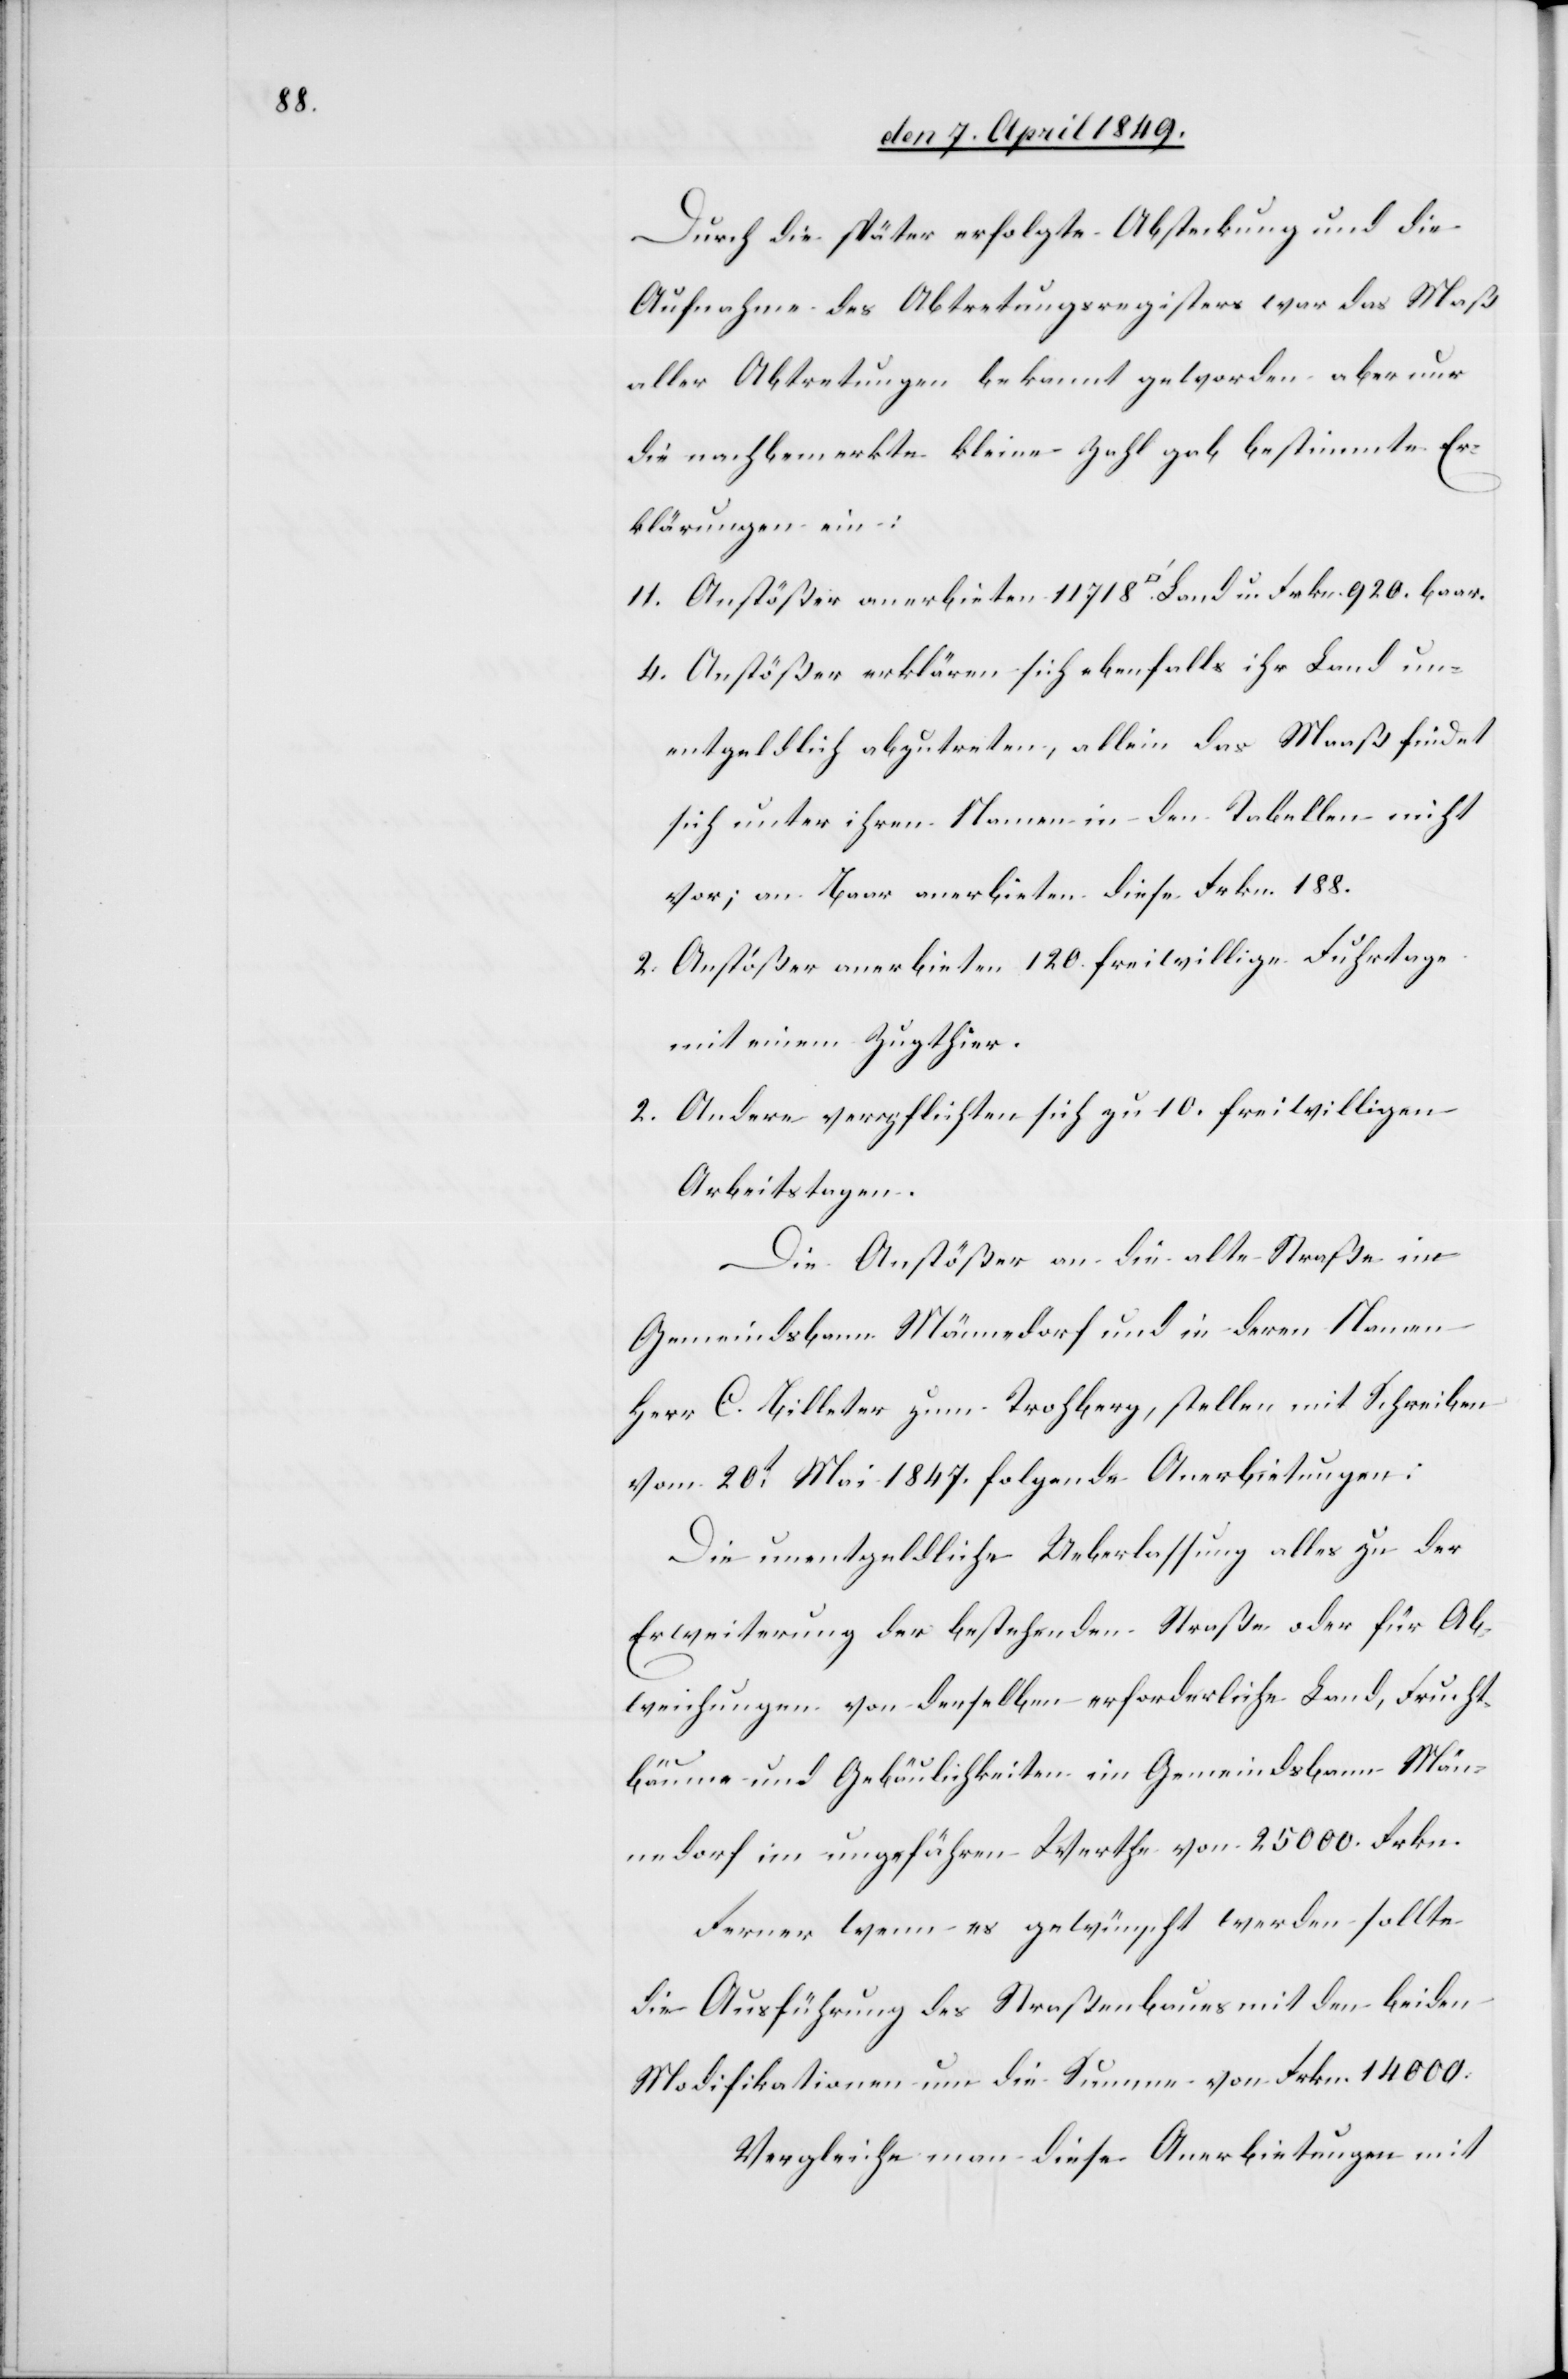
Durch die später erfolgte Absteckung und die
Aufnahme des Abtretungsregisters war das Maß
aller Abtretungen bekannt geworden aber nur
die nachbemerkte kleine Zahl gab bestimmte Er¬
klärungen ein:
11. Anstößer anerbieten 11 718 [Quadratfuß] Land u. Frkn. 920. baar.
4. Anstößer erklären sich ebenfalls ihr Land un¬
entgeldlich abzutreten, allein das Maaß findet
sich unter ihren Namen in den Tabellen nicht
vor; an Baar anerbieten diese Frkn. 188.
2. Anstößer anerbieten 120. freiwillige Fuhrtage
mit einem Zugthier.
2. Andere verpflichten sich zu 10. freiwilligen
Arbeitstagen.
Die Anstößer an die alte Straße im
Gemeindsbanne Männedorf und in deren Namen
Herr C. Billeter zum Trohberg, stellen mit Schreiben
vom 20t Mai 1847. folgende Anerbietungen:
Die unentgeldliche Ueberlassung alles zu der
Erweiterung der bestehenden Straße oder für Ab¬
weichungen von denselben erforderliche Land, Frucht¬
bäume und Gebäulichkeiten im Gemeindsbann Män¬
nedorf im ungefähren Werthe von 25 000. Frkn.
Ferner wenn es gewünscht werden sollte
die Ausführung des Straßenbaues mit den beiden
Modifikationen um die Summen von Frkn. 14 000.
Vergleiche man diese Anerbietungen mit